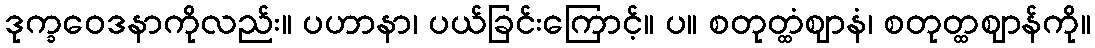
ဒုက္ခဝေဒနာကိုလည်း။ ပဟာနာ၊ ပယ်ခြင်းကြောင့်။ ပ။ စတုတ္ထံဈာနံ၊ စတုတ္ထဈာန်ကို။